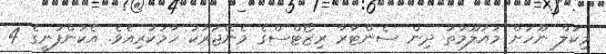
މިކަލް ނޫހަށް މައުލޫމާތު ދިން ސެންޓާރާ ރިޒޯޓްސްގެ މެނޭޖަރަކު ހާމަކުރިއެވެ. އެކުންފުނީގެ 4